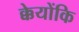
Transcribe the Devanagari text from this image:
क्केयोंकि